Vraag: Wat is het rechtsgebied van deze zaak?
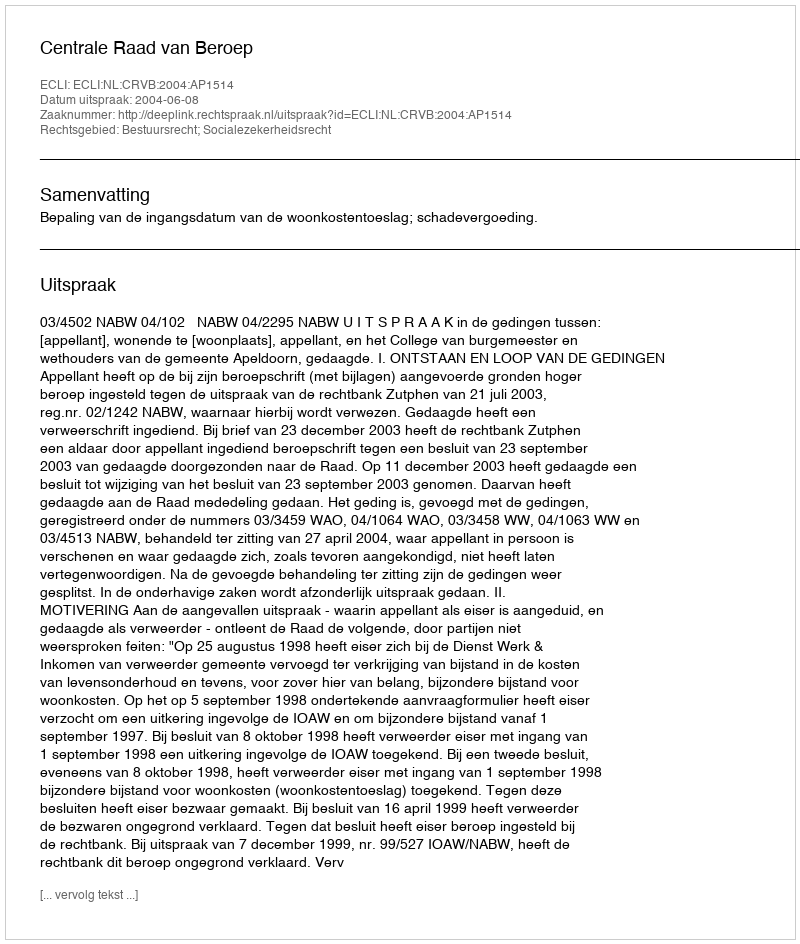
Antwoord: Bestuursrecht; Socialezekerheidsrecht